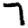
Digit: 7